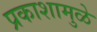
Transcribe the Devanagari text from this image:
प्रकाशामुळे